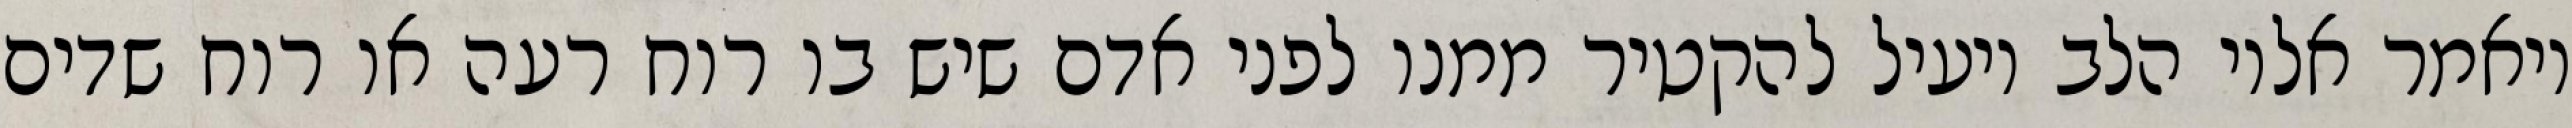
ויאמר אליו הלב יועיל להקטיר ממנו לפני אדם שיש בו רוח רעה או רוח שדים